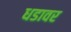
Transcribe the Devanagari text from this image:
धडावर